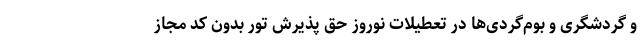
و گردشگری و بوم‌گردی‌ها در تعطیلات نوروز حق پذیرش تور بدون کد مجاز